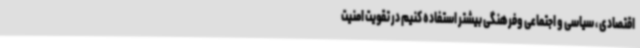
اقتصادی ، سیاسی و اجتماعی وفرهنگی بیشتر استفاده کنیم در تقویت امنیت